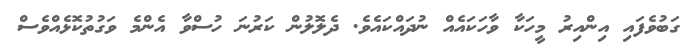
ގަބުވެފައި އިންއިރު މީހަކާ ވާހަކައެއް ނުދައްކައެވެ. ދެލޮލުން ކަރުނަ ހުސްވާ އެންމެ ވަގުތުކޮޅެއްވެސް